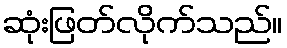
ဆုံးဖြတ်လိုက်သည်။